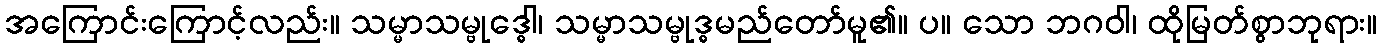
အကြောင်းကြောင့်လည်း။ သမ္မာသမ္ဗုဒ္ဓေါ၊ သမ္မာသမ္ဗုဒ္ဓမည်တော်မူ၏။ ပ။ သော ဘဂဝါ၊ ထိုမြတ်စွာဘုရား။